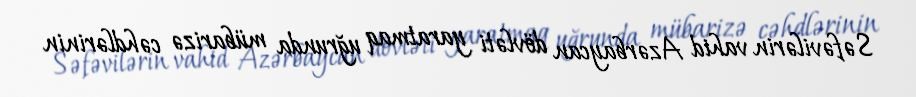
Səfəvilərin vahid Azərbaycan dövləti yaratmaq uğrunda mübarizə cəhdlərinin